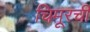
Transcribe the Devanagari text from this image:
चिमूरची